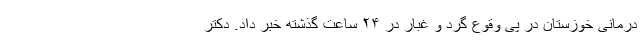
درمانی خوزستان در پی وقوع گرد و غبار در ۲۴ ساعت گذشته خبر داد. دکتر